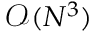
\mathcal { O } ( N ^ { 3 } )